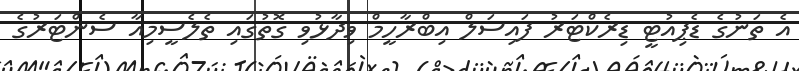
އެ ތަނުގެ ޑެޕިއުޓީ ޑިރެކްޓަރު ފައިސަލް އިބްރާހީމް ވިދާޅުވި ގޮތުގައި ތެލެސީމިއާ ސެންޓަރުގެ